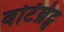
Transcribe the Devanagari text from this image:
वर्टिब्रेट्स